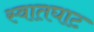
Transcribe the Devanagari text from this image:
स्वातघाट